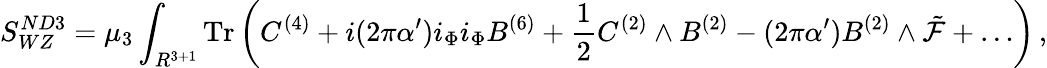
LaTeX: S_{WZ}^{ND3}=\mu_{3}\int_{R^{3+1}}\mathrm{Tr}\left(C^{(4)}+i(2\pi\alpha^{\prime})i_{\Phi}i_{\Phi}B^{(6)}+\frac 12C^{(2)}\wedge B^{(2)}-(2\pi\alpha^{\prime})B^{(2)}\wedge{\tilde{\cal F}}+\dots\right)\, ,